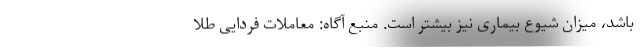
باشد، میزان شیوع بیماری نیز بیشتر است. منبع آگاه: معاملات فردایی طلا